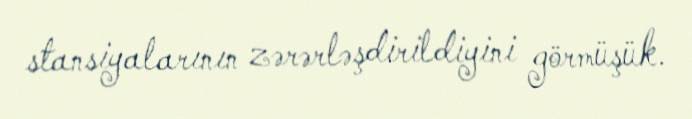
stansiyalarının zərərləşdirildiyini görmüşük.